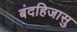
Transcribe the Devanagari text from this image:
बंदहिजासु